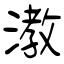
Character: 漖